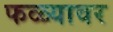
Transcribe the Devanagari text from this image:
फळ्यावर